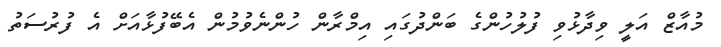
މުއާޒް އަލީ ވިދާޅުވި ފުލުހުންގެ ބަންދުގައި އިމްރާން ހުންނެވުމުން އެބޭފުޅާއަށް އެ ފުރުސަތު